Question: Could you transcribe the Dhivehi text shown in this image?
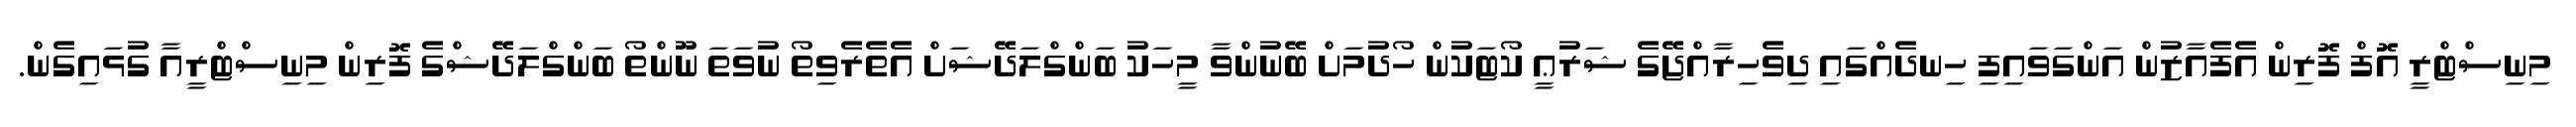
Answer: މިނިސްޓްރީ އޮފް ފޮރިން އެފެއާޒުން އަންގަވައިފި ހިނދެއްގައި ދިވެހިރާއްޖޭގެ ޝަރުޢީ ކޯޓަކުން ހޯދުމަށް ބޭނުންވާ މީހަކު ބަންގްލަދޭޝަށް އެތެރެވިތޯ ނުވަތަ ނޫންތޯ ބަންގްލަދޭޝްގެ ފޮރިން މިނިސްޓްރީއާ ގުޅައިގެން.